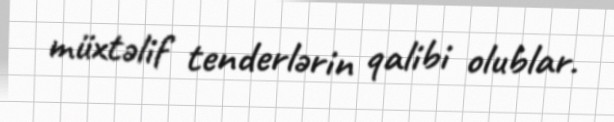
müxtəlif tenderlərin qalibi olublar.